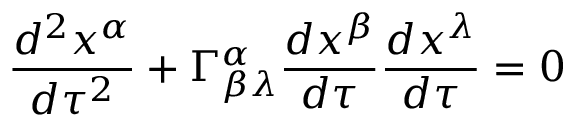
\frac { d ^ { 2 } x ^ { \alpha } } { d \tau ^ { 2 } } + \Gamma _ { \beta \lambda } ^ { \alpha } \frac { d x ^ { \beta } } { d \tau } \frac { d x ^ { \lambda } } { d \tau } = 0